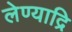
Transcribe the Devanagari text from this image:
लेण्याद्रि